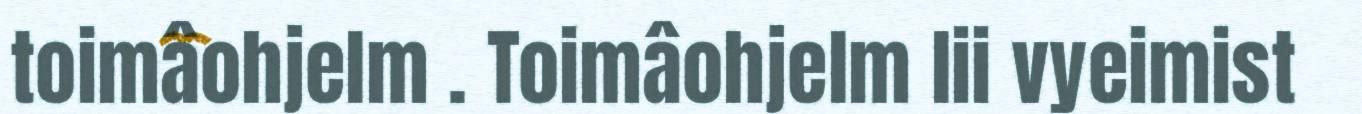
toimâohjelm . Toimâohjelm lii vyeimist